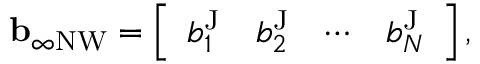
\begin{array} { r } { \mathbf { b } _ { \infty \mathrm { N W } } = \left[ \begin{array} { l l l l } { b _ { 1 } ^ { \mathrm { J } } } & { b _ { 2 } ^ { \mathrm { J } } } & { \cdots } & { b _ { N } ^ { \mathrm { J } } } \end{array} \right] , } \end{array}